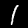
Digit: 1